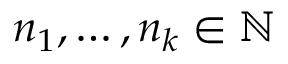
n _ { 1 } , \ldots , n _ { k } \in \mathbb { N }